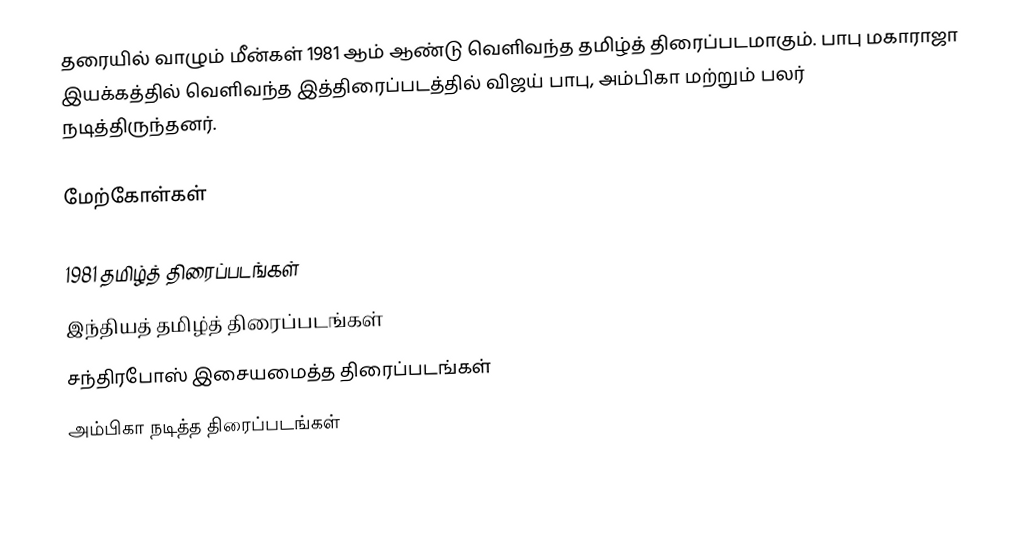
தரையில் வாழும் மீன்கள் 1981 ஆம் ஆண்டு வெளிவந்த தமிழ்த் திரைப்படமாகும். பாபு மகாராஜா இயக்கத்தில் வெளிவந்த இத்திரைப்படத்தில் விஜய் பாபு, அம்பிகா மற்றும் பலர் நடித்திருந்தனர்.

மேற்கோள்கள்

1981 தமிழ்த் திரைப்படங்கள்
இந்தியத் தமிழ்த் திரைப்படங்கள்
சந்திரபோஸ் இசையமைத்த திரைப்படங்கள்
அம்பிகா நடித்த திரைப்படங்கள்